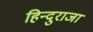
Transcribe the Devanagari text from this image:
हिन्दुराजा